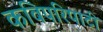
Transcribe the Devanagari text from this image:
कविपरिपाटी